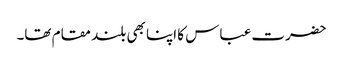
حضرت عباس کا اپنا بھی بلند مقام تھا۔